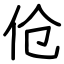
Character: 伧